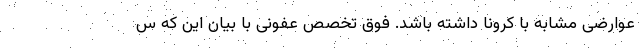
عوارضی مشابه با کرونا داشته باشد. فوق تخصص عفونی با بیان این که س